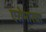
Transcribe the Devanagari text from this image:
एरोमारचा